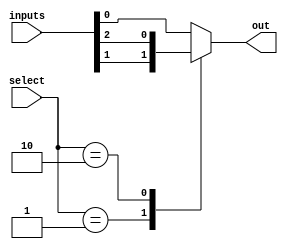
module mux_256to1 (
    input [255:0] inputs,
    input [7:0] select,
    output reg out
);

always @* begin
    case (select)
        8'd0: out = inputs[0];
        8'd1: out = inputs[1];
        8'd2: out = inputs[2];
        // Add more cases for inputs 3 to 255
        default: out = inputs[0]; // Default case
    endcase
end

endmodule